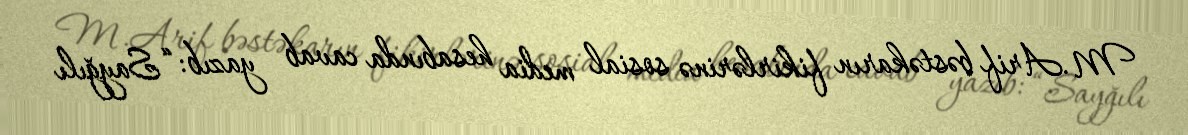
M.Arif bəstəkarın fikirlərinə sosial media hesabında cavab yazıb: “Sayğılı